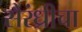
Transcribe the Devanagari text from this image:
सैरंध्रीचा